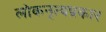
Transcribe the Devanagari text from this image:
लोकनृत्यप्रकार